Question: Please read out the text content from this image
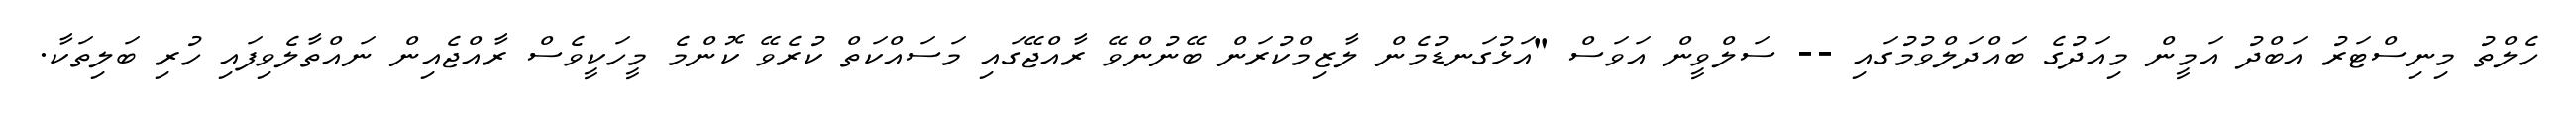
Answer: ހެލްތު މިނިސްޓަރު އަބްދު އަމީން މިއަދުގެ ބައްދަލްވުމުގައި -- ސަލްވީން އަވަސް "އަޅުގަނޑުމެން ލާޒިމްކުރަން ބޭނުންވޭ ރާއްޖޭގައި މަސައްކަތް ކުރެވޭ ކޮންމެ މީހަކީވެސް ރާއްޖެއިން ނައްތާލެވިފައި ހުރި ބަލިތަކާ.